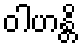
ဝါဟန္တိ